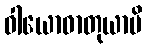
ဝါယောဓာတုယာပိ